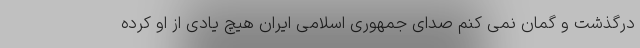
درگذشت و گمان نمی کنم صدای جمهوری اسلامی ایران هیچ یادی از او کرده